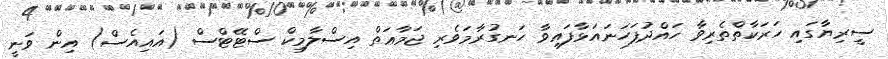
ސީރިޔާގައި ހަރަކާތްތެރިވާ ހައްދުފަހަނައަޅާފައިވާ ހަނގުރާމަވެރި ޖަމާޢަތް އިސްލާމިކް ސްޓޭޓްސް (އައިއެސް) އިން ވަނީ